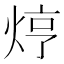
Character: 𤈽